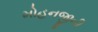
મોહનજીની